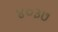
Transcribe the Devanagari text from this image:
४०३७